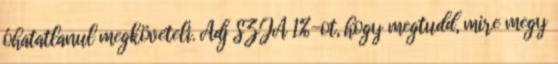
óhatatlanul megköveteli. Adj SZJA 1%-ot, hogy megtudd, mire megy